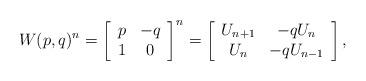
LaTeX: \begin{align*}W(p,q)^{n}=\left[ \begin{array}{cc}p & -q \\ 1 & 0\end{array}\right]^{n}=\left[ \begin{array}{cc}U_{n+1} & -qU_{n} \\ U_{n} & -qU_{n-1}\end{array}\right],\end{align*}